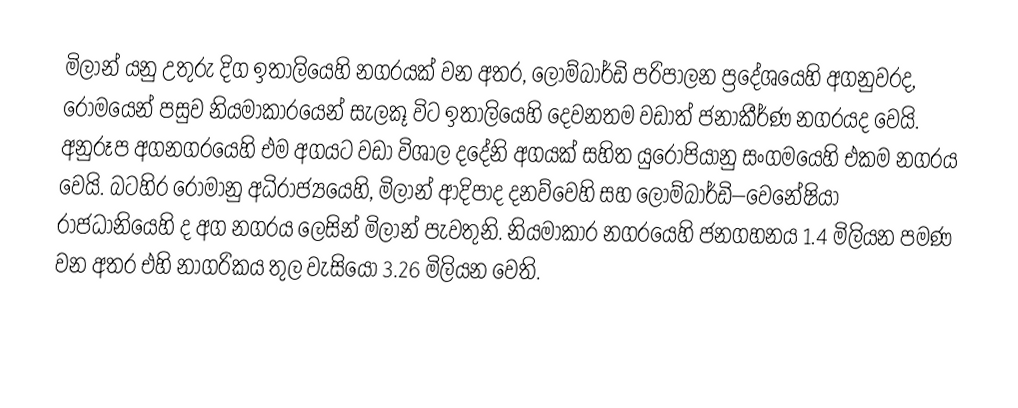
මිලාන් යනු උතුරු දිග ඉතාලියෙහි නගරයක් වන අතර, ලොම්බාර්ඩි පරිපාලන ප්‍රදේශයෙහි අගනුවරද, රෝමයෙන් පසුව නියමාකාරයෙන් සැලකූ විට ඉතාලියෙහි දෙවනතම වඩාත් ජනාකීර්ණ නගරයද වෙයි. අනුරූප අගනගරයෙහි එම අගයට වඩා විශාල දදේනි අගයක් සහිත යුරෝපියානු සංගමයෙහි එකම නගරය වෙයි. බටහිර රෝමානු අධිරාජ්‍යයෙහි, මිලාන් ආදිපාද දනව්වෙහි සහ  ලොම්බාර්ඩි–වෙනේෂියා රාජධානියෙහි ද අග නගරය ලෙසින් මිලාන් පැවතුනි. නියමාකාර නගරයෙහි ජනගහනය 1.4 මිලියන පමණ වන අතර එහි නාගරිකය තුල වැසියෝ 3.26 මිලියන වෙති.